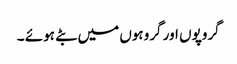
گروپوں اور گروہوں میں بٹے ہوئے ۔